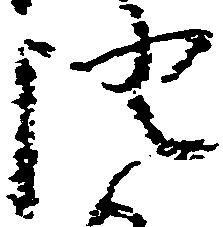
証